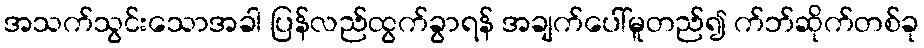
အသက်သွင်းသောအခါ ပြန်လည်ထွက်ခွာရန် အချက်ပေါ်မူတည်၍ က်ဘ်ဆိုက်တစ်ခု